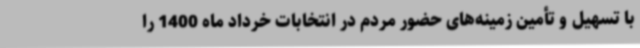
با تسهیل و تأمین زمینه‌های حضور مردم در انتخابات خرداد ماه 1400 را